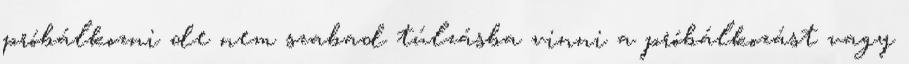
próbálkozni de nem szabad túlzásba vinni a próbálkozást vagy